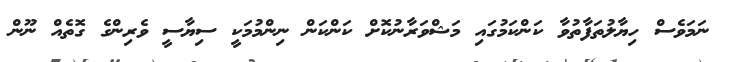
ނަމަވެސް ހިޔާލުތަފާތުވާ ކަންކަމުގައި މަޝްވަރާނުކޮށް ކަންކަން ނިންމުމަކީ ސިޔާސީ ވެރިންގެ ގޮތެއް ނޫން